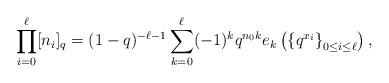
LaTeX: \begin{align*} \prod_{i=0}^{\ell} [n_i]_q = (1-q)^{-\ell-1} \sum_{k=0}^{\ell} (-1)^k q^{n_0k} e_k\left( \left\lbrace q^{x_i}\right\rbrace_{0\leq i\leq \ell}\right), \end{align*}